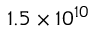
1 . 5 \times 1 0 ^ { 1 0 }